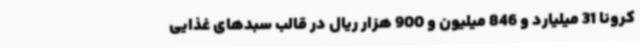
کرونا 31 میلیارد و 846 میلیون و 900 هزار ریال در قالب سبدهای غذایی